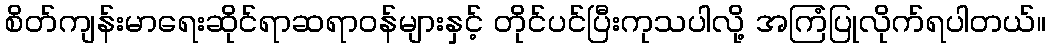
စိတ်ကျန်းမာရေးဆိုင်ရာဆရာဝန်များနှင့် တိုင်ပင်ပြီးကုသပါလို့ အကြံပြုလိုက်ရပါတယ်။